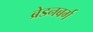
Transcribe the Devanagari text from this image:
ब्रेडनबर्ग